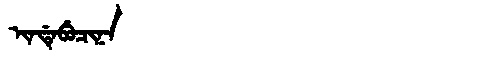
Manchu: ᡳᠨᡩᡝᠪᡠᠴᡳᠨᠠ
Romanization: INDEBUCINA